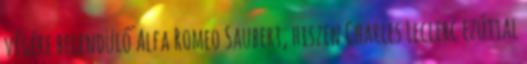
végére belendülő Alfa Romeo Saubert, hiszen Charles Leclerc ezúttal